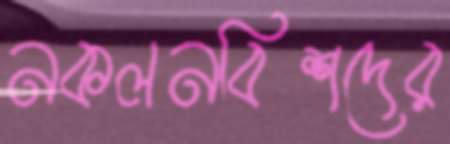
নকলনবিশদের